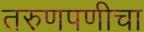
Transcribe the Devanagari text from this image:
तरुणपणीचा